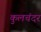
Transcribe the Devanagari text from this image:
कुलचंदर